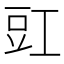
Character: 豇